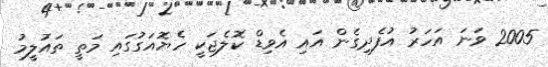
2005 ވަނަ އަހަރު އުފެދިގެން އައި އެވިޑް ކޮލެޖަކީ ހެޔޮއަގުގައި މަތީ ތައުލީމު